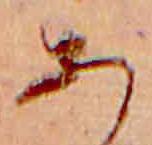
あ